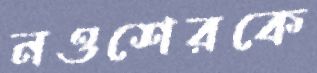
নওশেরকে